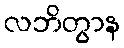
လဘိတွာန